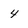
Character: 4